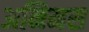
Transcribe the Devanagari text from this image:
अनिमस